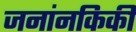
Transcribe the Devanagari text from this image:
जनांनकिकी